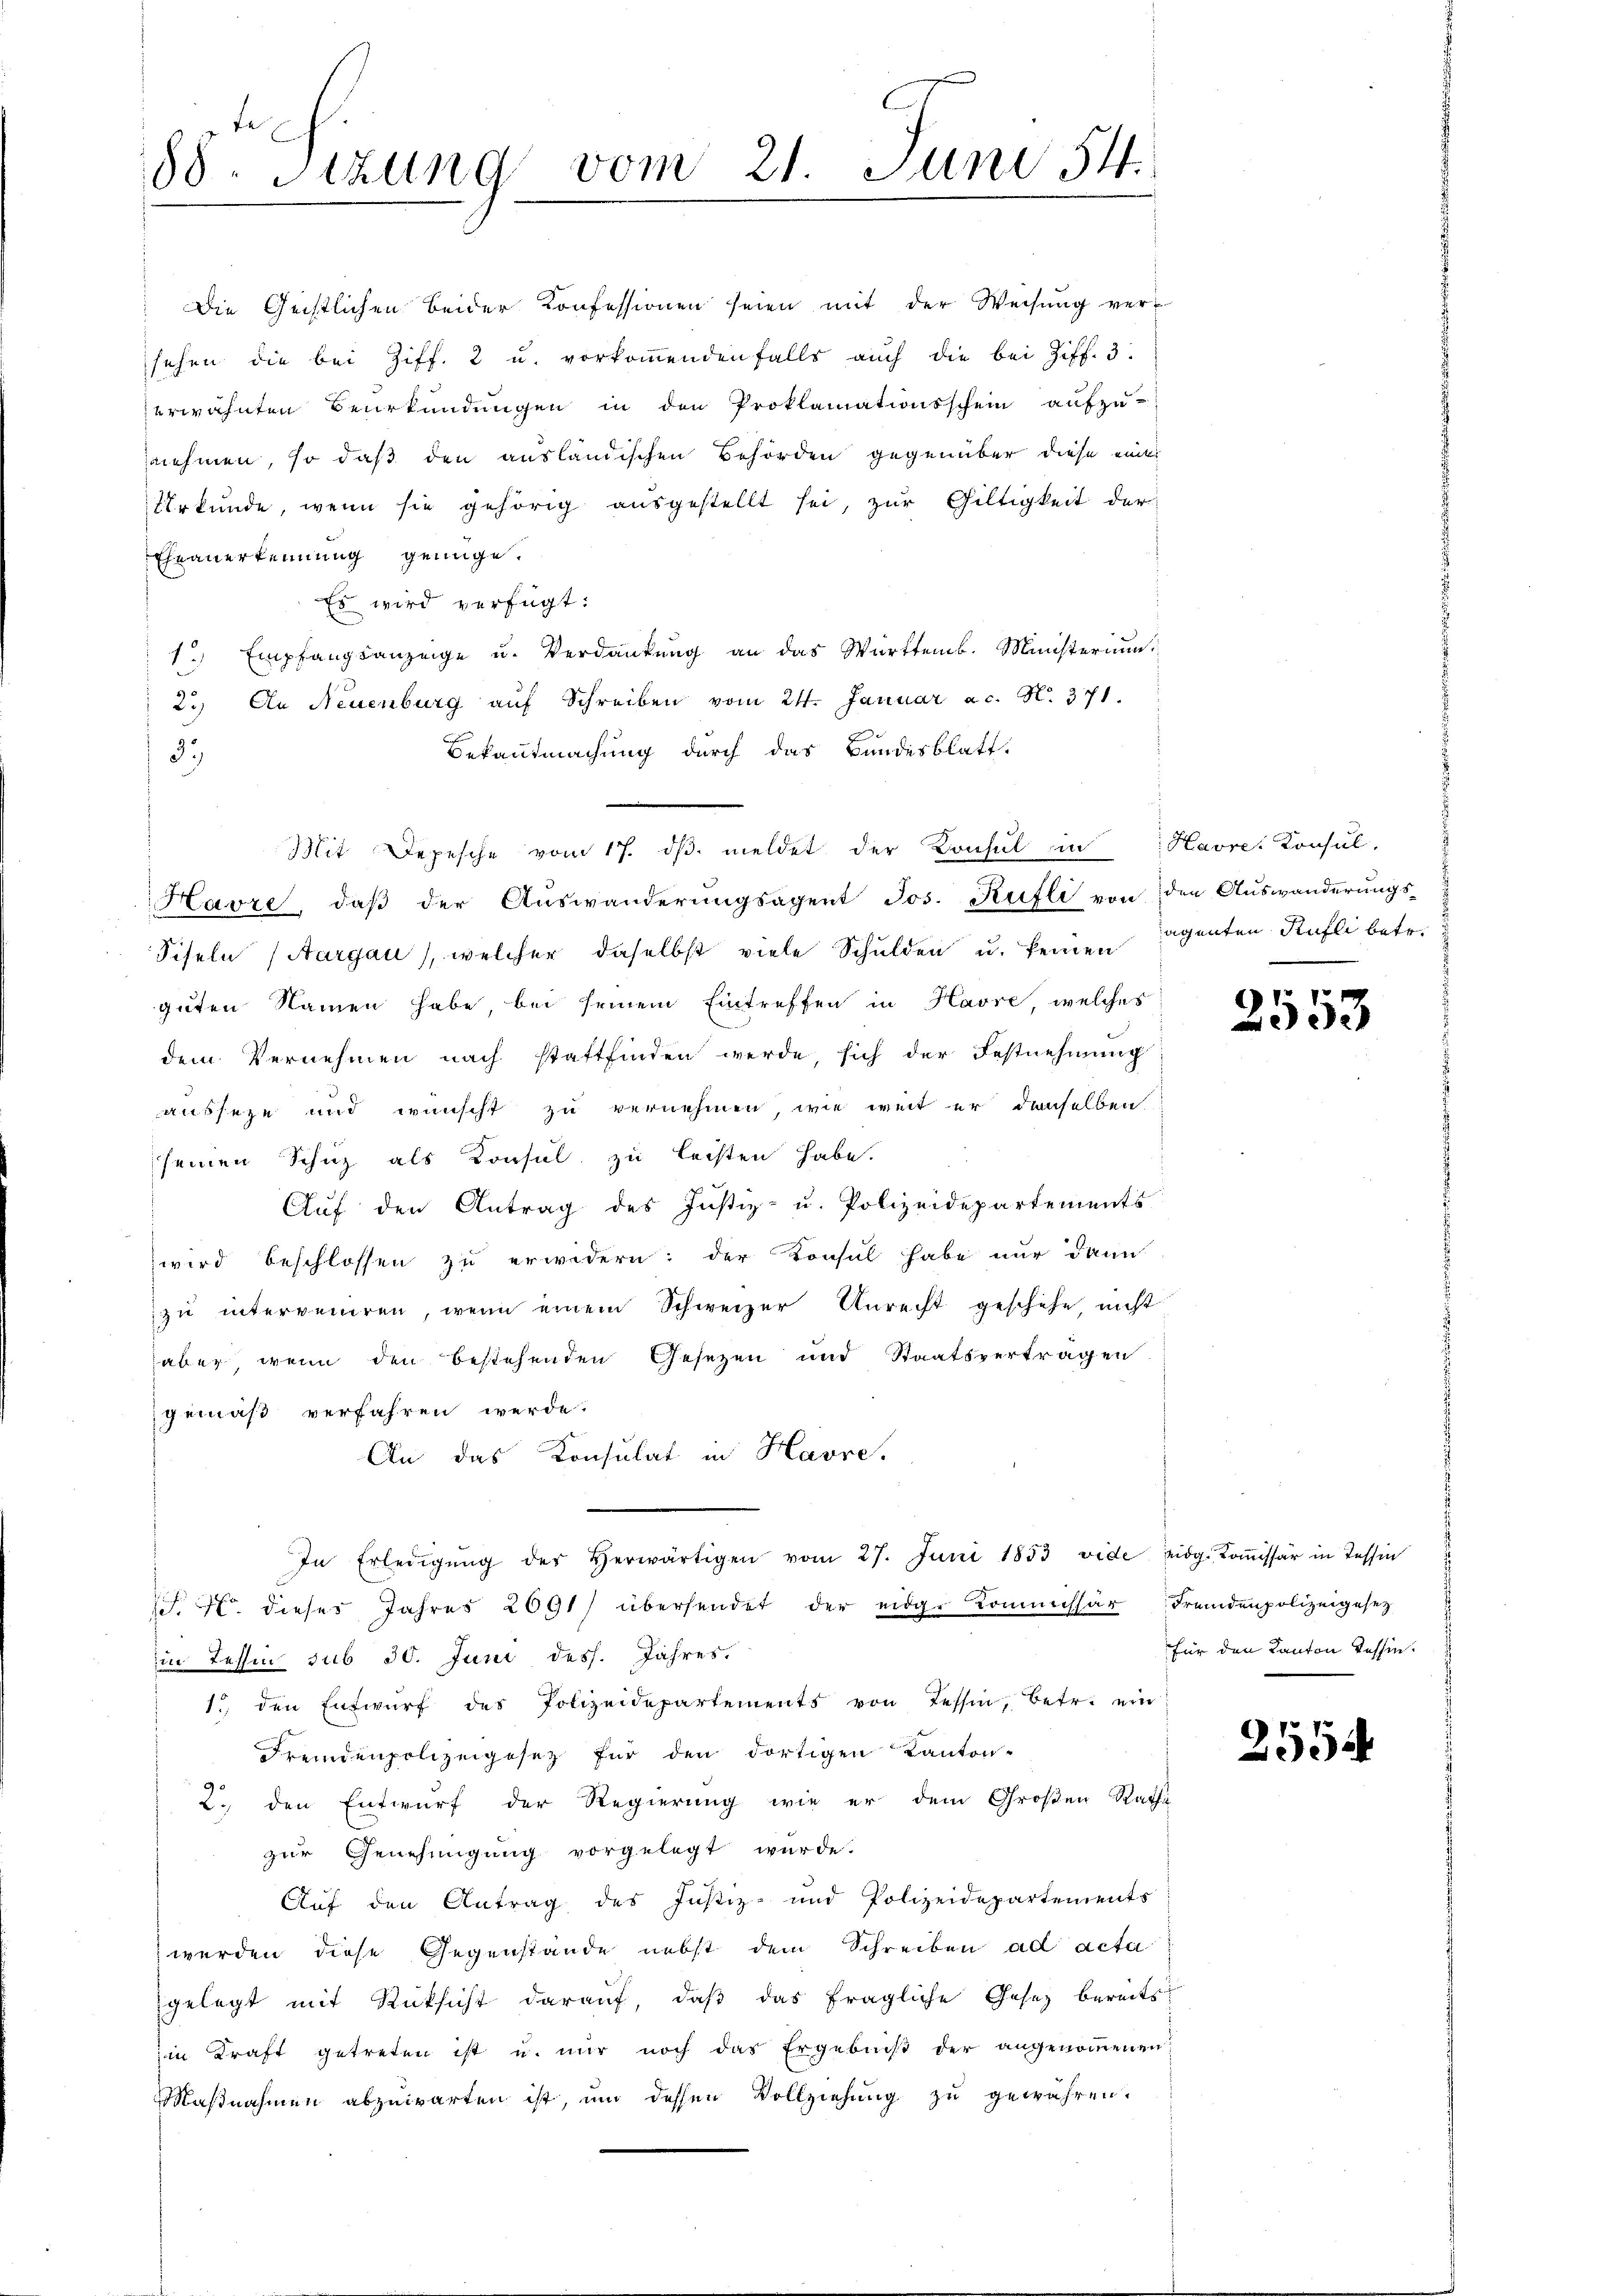
88. Sitzung vom 21. Juni 14.

sehen die bei Ziff. 2 u. vorkommenden falls auch die bei Ziff. 3:
erwähnten Beurkundungen in den Proklamationsschein aufzu-
nehmen, so daß den ausländischen Behörden gegenüber diese eines
Urkunde, wenn sie gehörig ausgestellt sei, zur Gültigkeit der
Fheanerkennung genüge.
Es wird verfügt:
1 Empfangsanzeige u. Verdankung an das Württemb. Ministerium
2.) An Neuenburg auf Schreiben vom 24. Januar ac. N. 371.
Bekanntmachung durch das Bundesblatt.
3.
Mit Depesche vom 17. dβ meldet der Konsul in Havre, Konsul-
Havre, daβ der Auswanderŭngsagent Jos. Rüfli von den Auswanderŭngs-
Fiseln (Aargau, welcher daselbst viele Schulden u. keinen
guten Namen habe, bei seinem Eintreffen in Havre, welches
dem Vernehmen nach stattfinden werde, sich der Festnehmung
ausseze und wünscht zu vernehmen, wie weit er denselben
seinen Schuz als Konsul zu leisten habe.
Aŭf den Antrag des Justiz- u. Polizeidepartements
wird beschlossen zu erwidern: der Konsul habe nur dann
zu interveniren, wenn einem Schweizer Unrecht geschehe, nicht
aber, wenn den bestehenden Gesetzen und Staatsvertragen
gemäß verfahren werde.
An das Konsulat in Havre,
In Erledigŭng des Herwärtigen vom 27. Juni 1853 vide eidg. Koṁissär in Tessin
. 7 dieser Jahres 2091/ übersendet der eidg. Kommissär fremdenpolizeigesetz
in Tessin sub 30. Juni dess. Jahres.
1. den Entwŭrf des Polizeidepartements von Tessin, betr. ein
Fremdenpolizeigesetz für den dortigen Kanton-
2. den Entwurf der Regierung wie er dem Großen Rathe
zur Genehmigung vorgelegt wurde.
Auf den Antrag des Justiz- und Polizeidepartements
werden diese Gegenstände nebst dem Schreiben ad acta
gelegt mit Rücksicht darauf, daß das fragliche Gesetz bereits
iin Kraft getreten ist u. nur noch das Ergebniß der angenommenen
Maßnahmen abzuwarten ist, um dessen Vollziehung zu gewähren.

Die Geistlichen Beider Konfessionen seien mit der Weisŭng ver-

agenten Küfli betr.

2553

für den Kanton Tessin.

255.